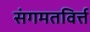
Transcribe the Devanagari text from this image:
संगमतविर्त्त